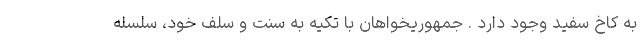
به کاخ سفید وجود دارد . جمهوریخواهان با تکیه به سنت و سلف خود، سلسله